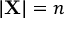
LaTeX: | \mathbf { X } | = n